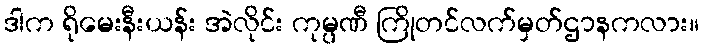
ဒါက ရိုမေးနီးယန်း အဲလိုင်း ကုမ္ပဏီ ကြိုတင်လက်မှတ်ဌာနကလား။